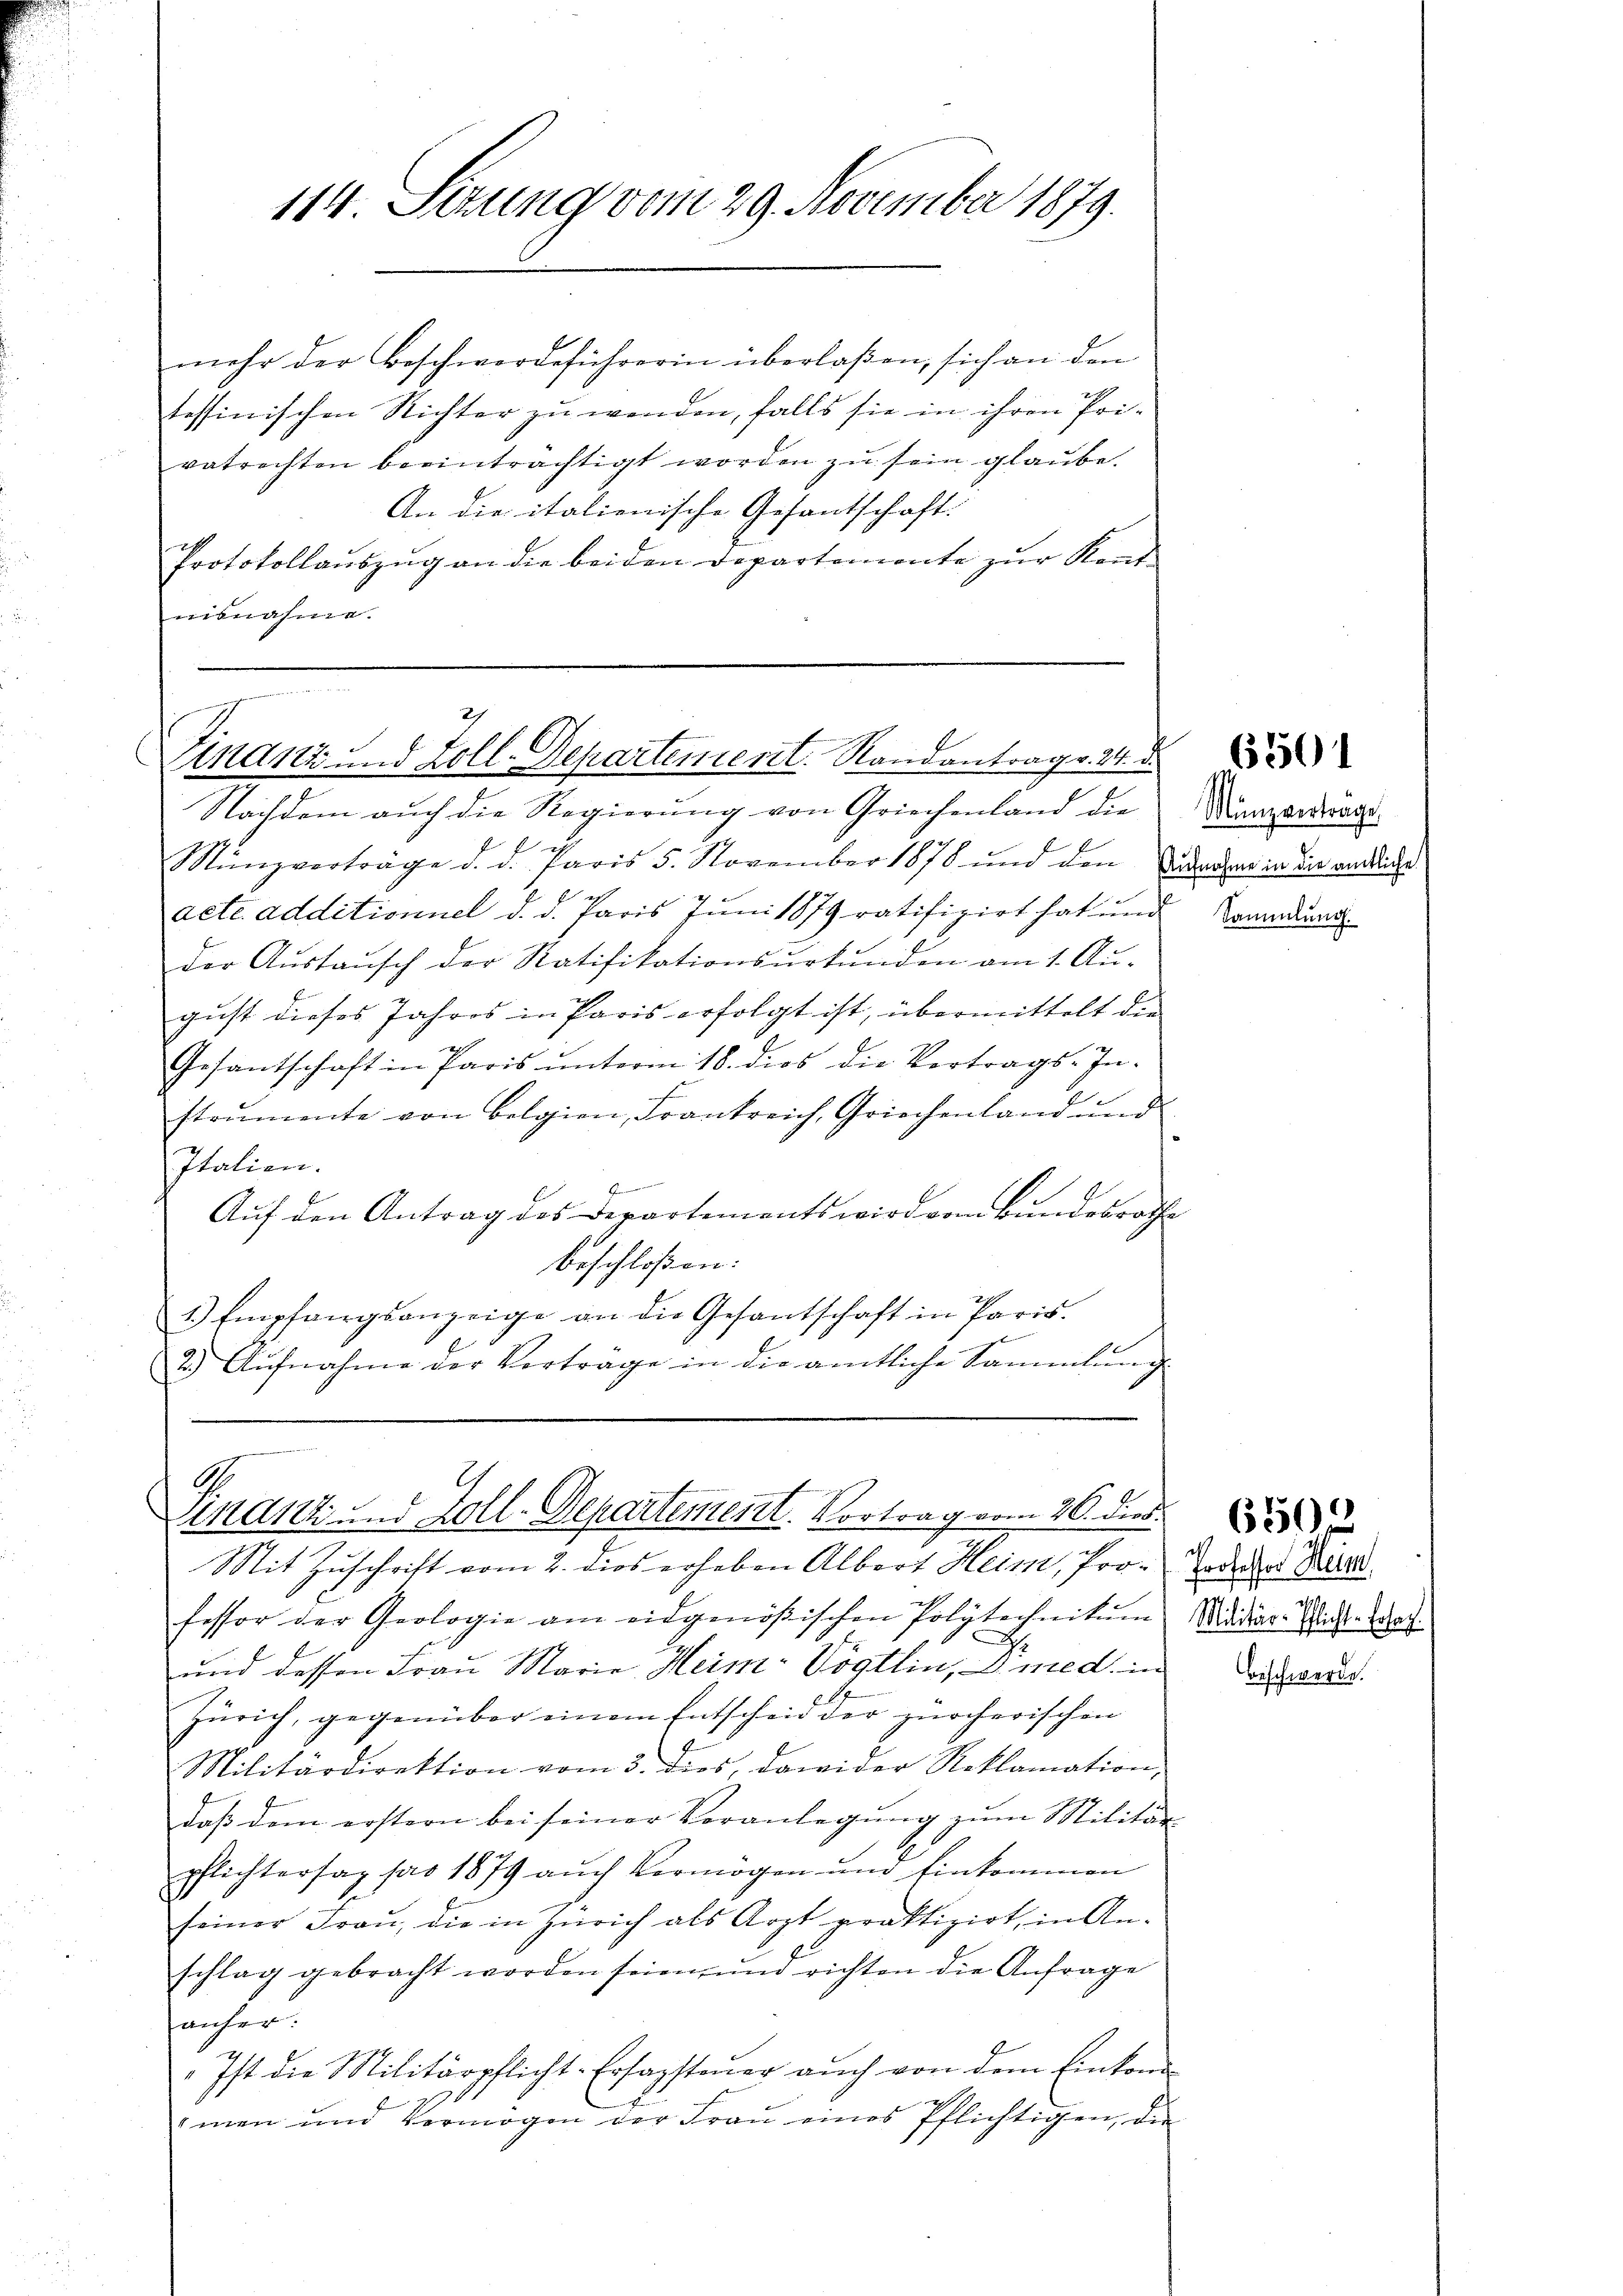
114. Sezung vom 29. November 1879.

mehr der Beschwerdeführerin überlaßen, sich an den
tessinischen Richter zu wenden, falls sie in ihren Privetrachten beeinträchtigt worden zu sein glaube.
An die italienische Gesantschaft.
Protokollauszug an die beiden Departemente zur Kenntnisnahme.

2
2)
inanz und Zoll-Departement. Randantrag v. 24. d.

Nachdem aŭch die Regierŭng von Griechenland die Kanzenderaus
i
Münzverträge d. d. Paris 5. November 1878 und den Fundar in die endliche

acte additionnel d. d. Paris Juni 1879 ratifizirt hat und Commung.
der Aŭstaŭsch der Ratifikationsŭrkŭnden am 1. Aŭ-
gust dieses Jahres in Paris erfolgt ist, übermittelt die
ch
Gesantschaft in Paris unterm 18. dies die Vertrags-Instrumente von belgien, Frankreich, Griechenland und
Italien.
Gemeiner
Auf den Antrag des Departements wird vom Bundesrathe
beschloßen:
1.) Empfangsanzeige an die Gesantschaft in Paris.
2.) Aŭfnahme der Verträge in die amtliche Sammlung

G.
inanz und Zoll-Departement. Vortrag vom 26. dies

Mit Zuschrift vom 2. dies erheben Albert Heim, Professor der Geologie am eidgenößischen Polytechnitŭm Vididier-Rechte Woch
x
und dessen Frau Marie Heim-Vögtlin, u. med. in
Zürich, gegenüber einem Entscheid der zürcherischen
Militärdirektion vom 3. dies, dawider Reklamation,
daß dem erstern bei seiner Veranlegung zum Militär-
pflichtersag pas 1879 aŭch Vermögen und Einkommen
seiner Fraŭ, die in Zürich als Arzt praktizirt, in An-
schlag gebracht worden seien und richten die Anfrage
fancher.
Ist die Militärpflicht-Ersagsteŭer aŭch von dem Einkom
imen und Vermögen der Fraŭ eines Pflichtigen, die

6501

Professor Heim.

Beschwerde.